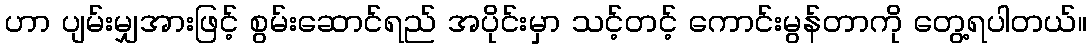
ဟာ ပျမ်းမျှအားဖြင့် စွမ်းဆောင်ရည် အပိုင်းမှာ သင့်တင့် ကောင်းမွန်တာကို တွေ့ရပါတယ်။